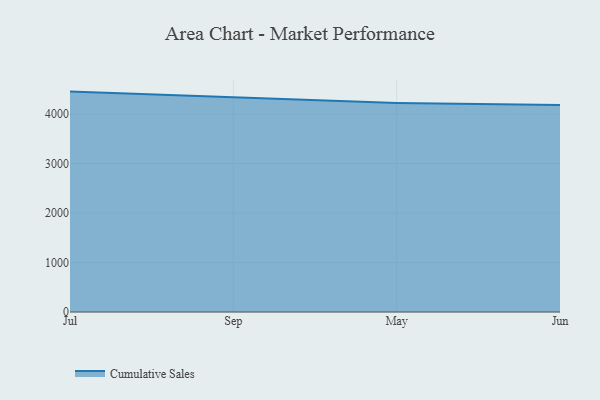
{"axis": {"x": "Month", "y": "Gross Profit (USD K)"}, "legend": ["Cumulative Sales"], "data": [{"x": "Jul", "y": 4453.4, "type": "Cumulative Sales"}, {"x": "Sep", "y": 4345.7, "type": "Cumulative Sales"}, {"x": "May", "y": 4224.2, "type": "Cumulative Sales"}, {"x": "Jun", "y": 4182.4, "type": "Cumulative Sales"}]}